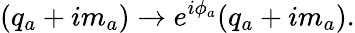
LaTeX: (q_{a}+im_{a})\rightarrow e^{i\phi_{a}}(q_{a}+im_{a}).